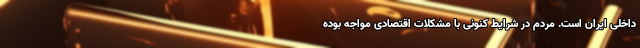
داخلی ایران است. مردم در شرایط کنونی با مشکلات اقتصادی مواجه بوده